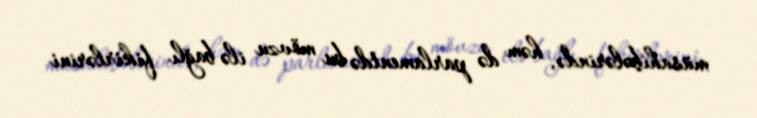
müsahibələrində, həm də parlamentdə bu mövzu ilə bağlı fikirlərini